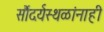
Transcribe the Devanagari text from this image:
सौंदर्यस्थळांनाही